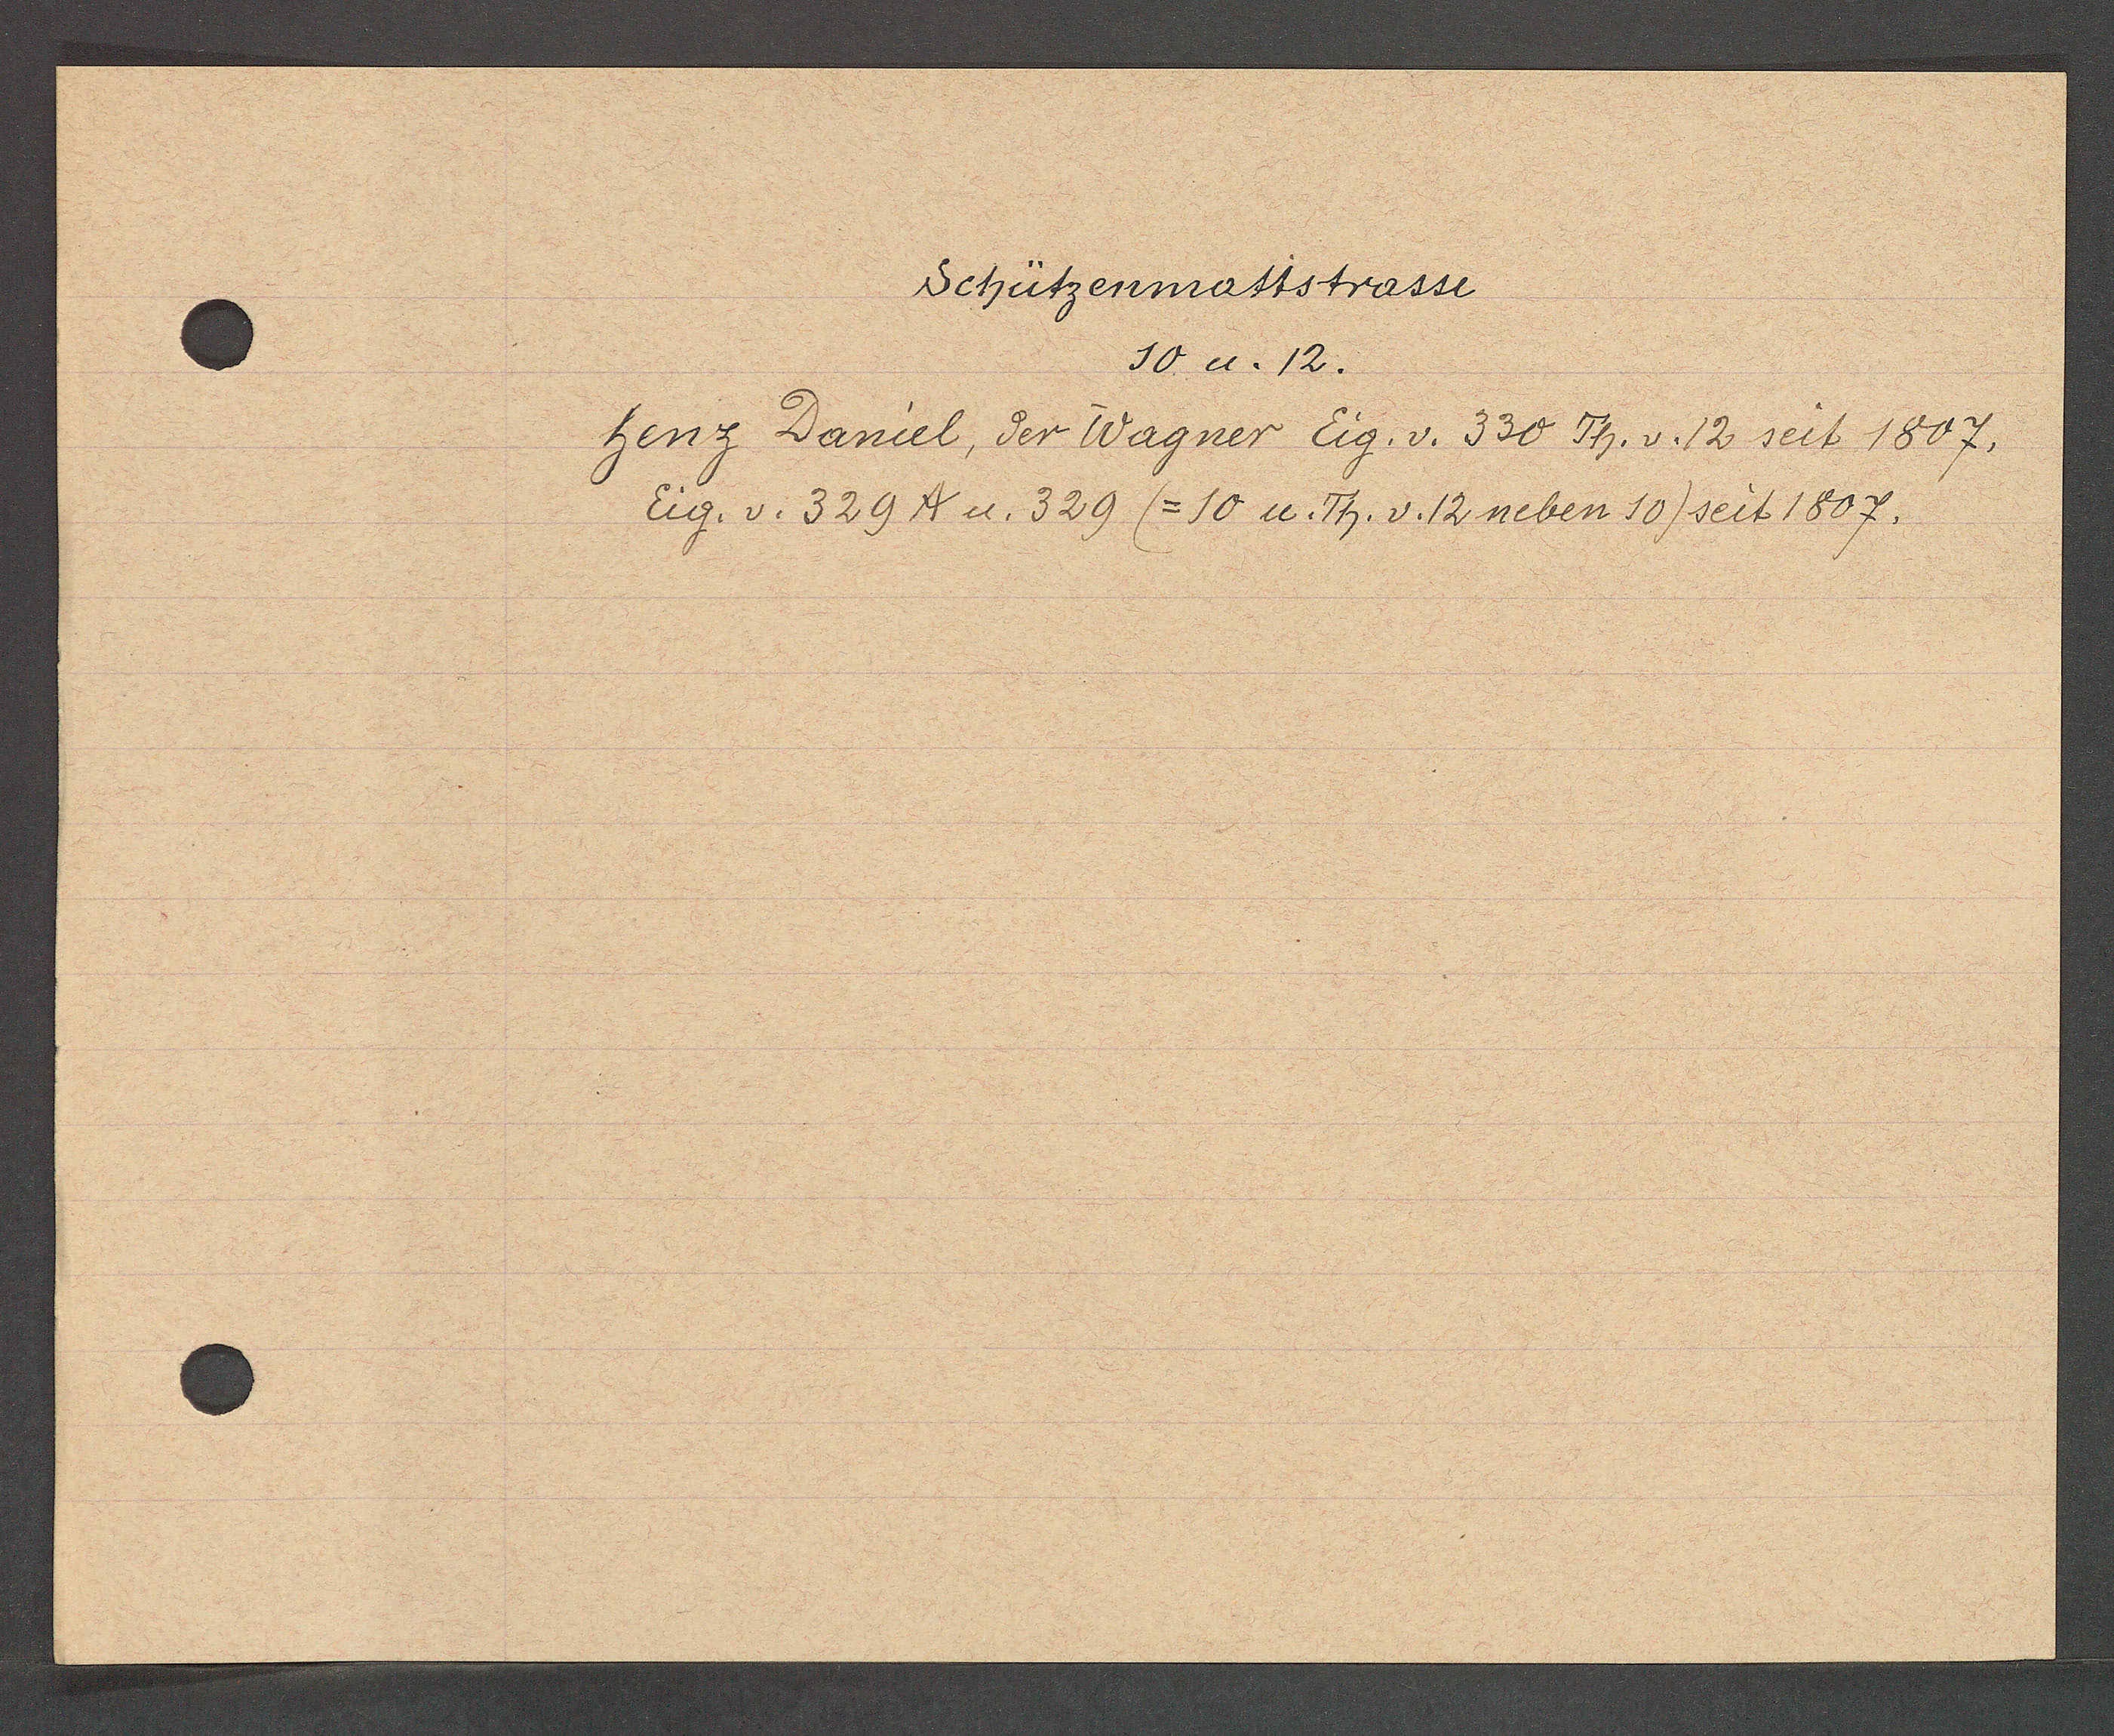
Transcript:
Schützenmattstrasse

10 u. 12.
henz Daniel, der Wagner Eig. v. 330 Th. v. 12 seit 1807.
Eig. v. 329 A u. 329 (=10 u. Th. v. 12 neben 10) seit 1807.